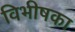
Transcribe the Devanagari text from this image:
विभीषका